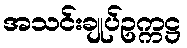
အသင်းချုပ်ဥက္ကဋ္ဌ